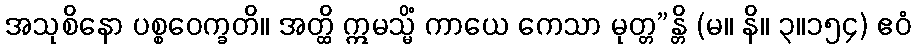
အသုစိနော ပစ္စဝေက္ခတိ။ အတ္ထိ ဣမသ္မိံ ကာယေ ကေသာ မုတ္တ”န္တိ (မ။ နိ။ ၃။၁၅၄) ဧဝံ